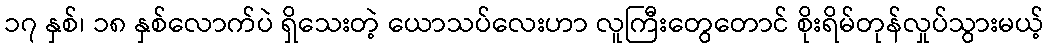
၁၇ နှစ်၊ ၁၈ နှစ်လောက်ပဲ ရှိသေးတဲ့ ယောသပ်လေးဟာ လူကြီးတွေတောင် စိုးရိမ်တုန်လှုပ်သွားမယ့်